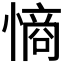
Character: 𭞡